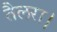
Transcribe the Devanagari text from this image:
तैलरा।